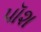
પૉશ